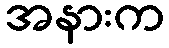
အနားက